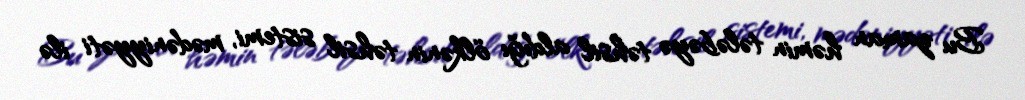
Bu zaman həmin tələbəyə təhsil aldığı ölkənin təhsil sistemi, mədəniyyəti ilə